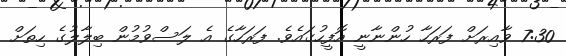
7:30 ވާއިރަށް ފަރަހާ ހުންނާނީ އޮފީހުގައެވެ. ފަރަހާގެ އެ ލަސްވުމުން ބިލާލުގެ ހިތަށް